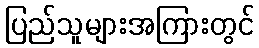
ပြည်သူများအကြားတွင်